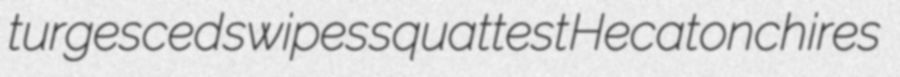
turgesced swipes squattest Hecatonchires